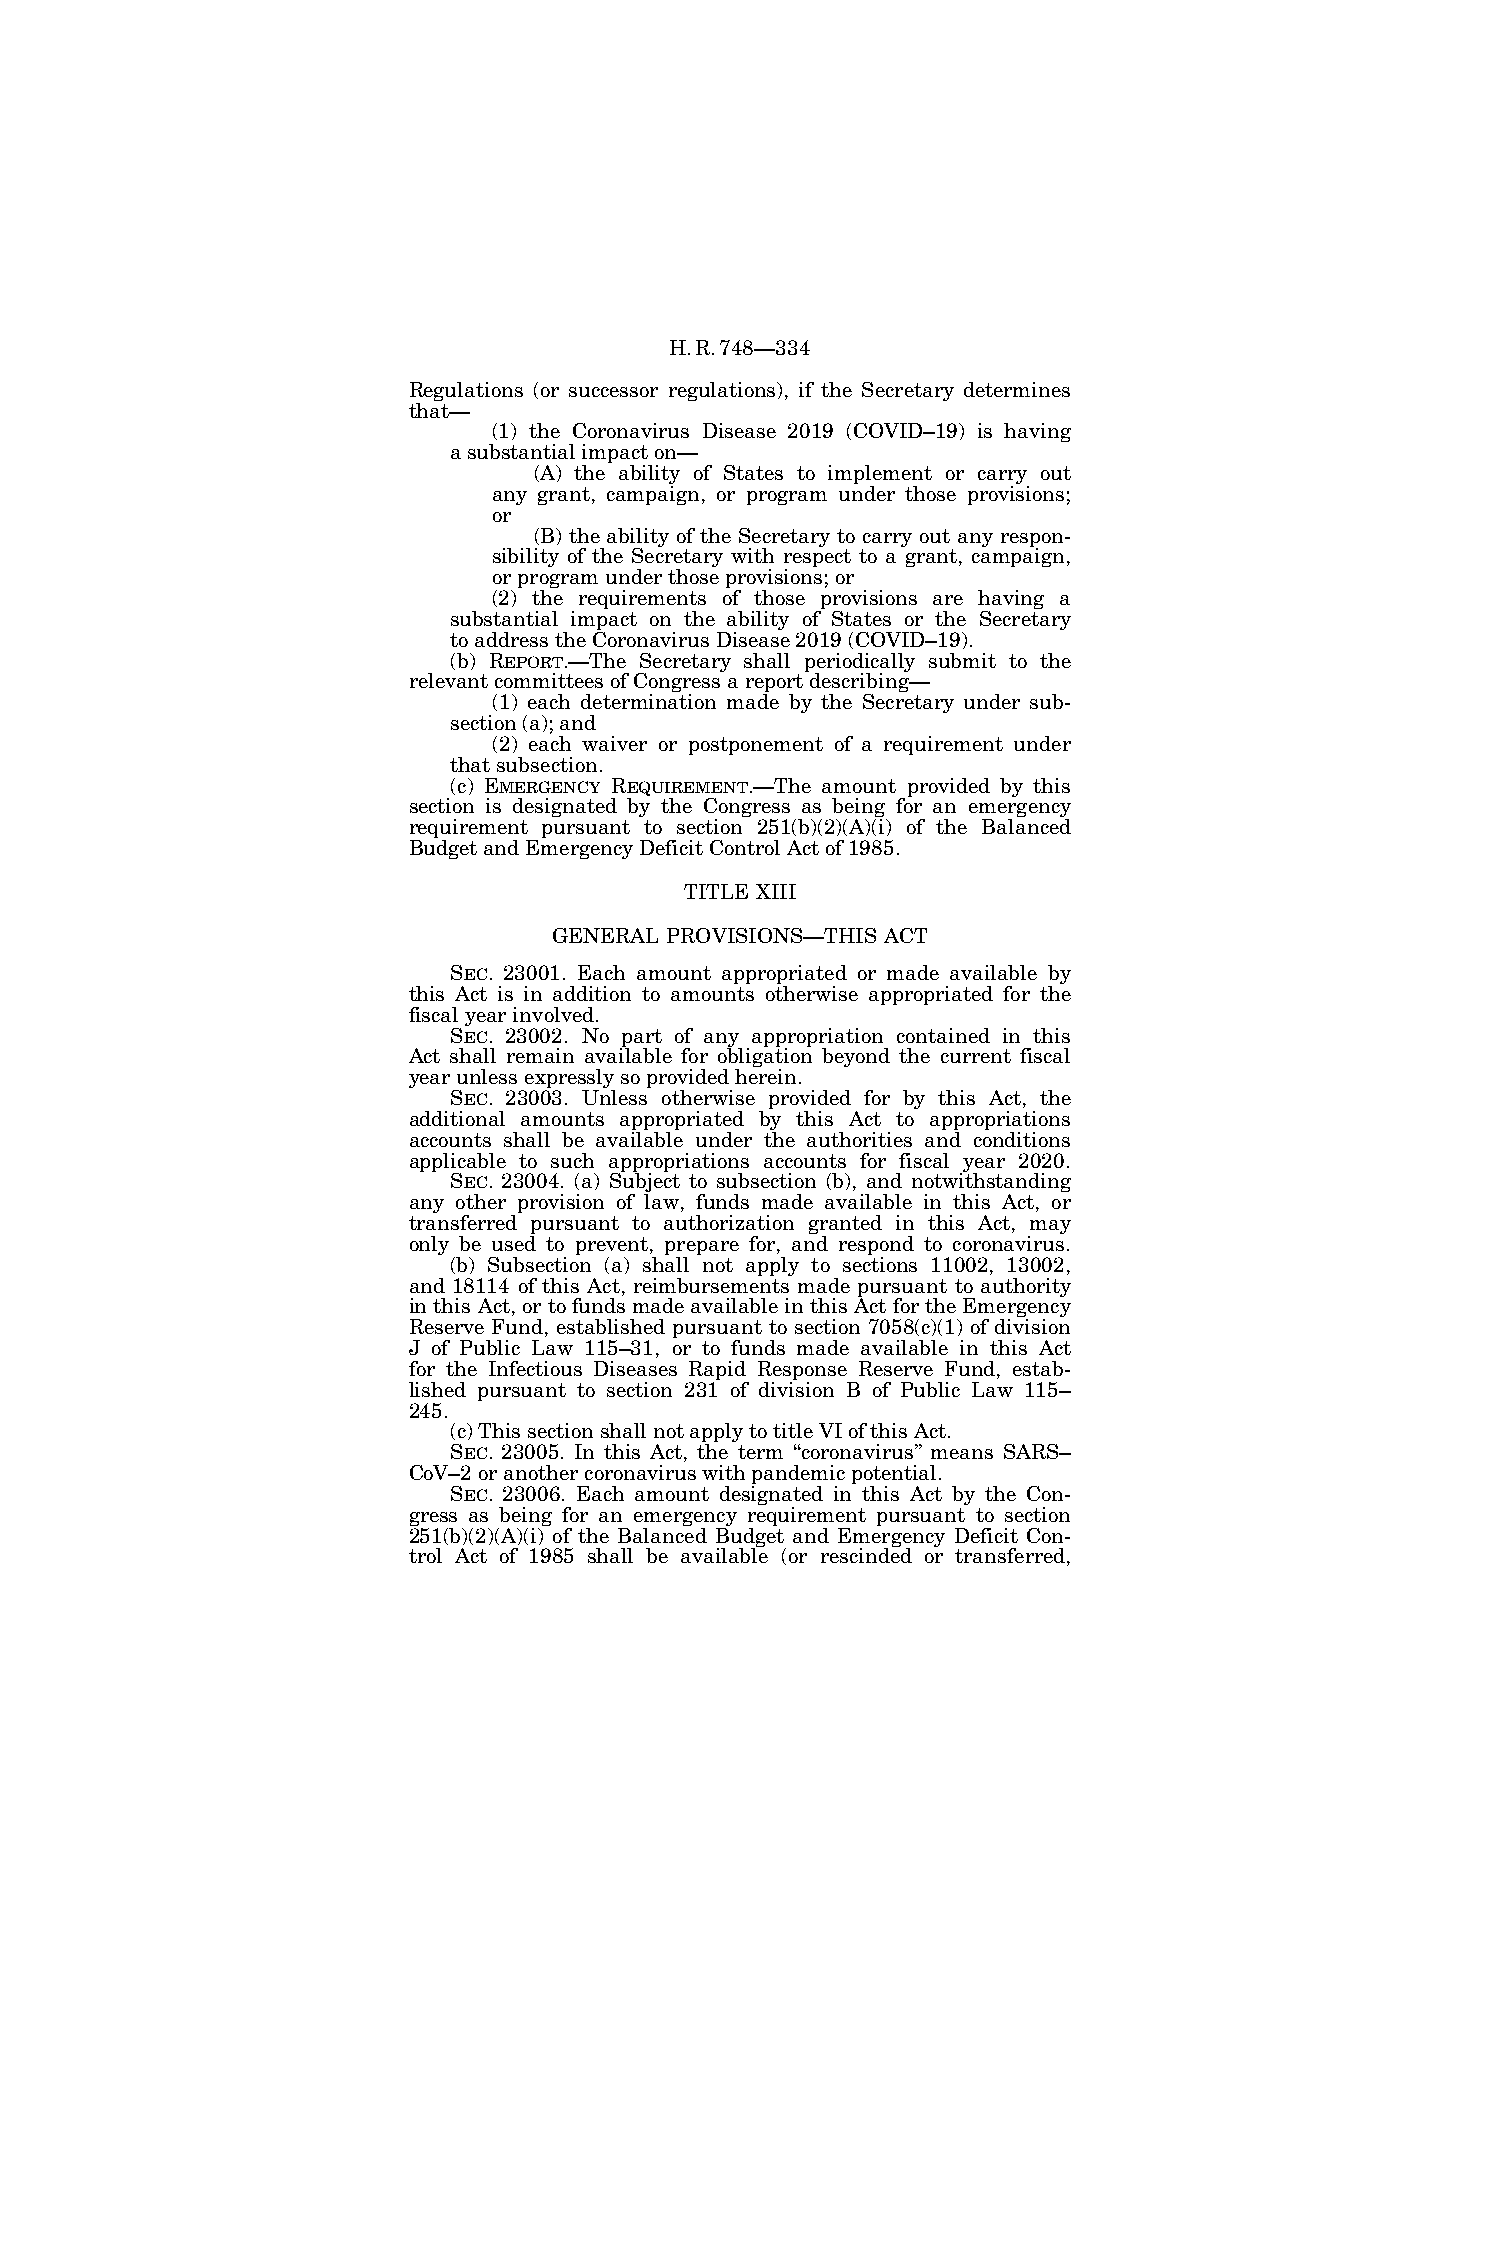
H.R.748—334
 Regulations (or successor regulations), if the Secretary determines
 that—
 (1) the Coronavirus Disease 2019 (COVID–19) is having
 a substantial impact on—
 (A) the ability of States to implement or carry out
 any grant, campaign, or program under those provisions;
 or
 (B) the ability of the Secretary to carry out any respon-
 sibility of the Secretary with respect to a grant, campaign,
 or program under those provisions; or
 (2) the requirements of those provisions are having a
 substantial impact on the ability of States or the Secretary
 to address the Coronavirus Disease 2019 (COVID–19).
 (b) REPORT.—The Secretary shall periodically submit to the
 relevant committees of Congress a report describing—
 (1) each determination made by the Secretary under sub-
 section (a); and
 (2) each waiver or postponement of a requirement under
 that subsection.
 (c) EMERGENCY REQUIREMENT.—The amount provided by this
 section is designated by the Congress as being for an emergency
 requirement pursuant to section 251(b)(2)(A)(i) of the Balanced
 Budget and Emergency Deficit Control Act of 1985.
 TITLE XIII
 GENERAL PROVISIONS—THIS ACT
 SEC. 23001. Each amount appropriated or made available by
 this Act is in addition to amounts otherwise appropriated for the
 fiscal year involved.
 SEC. 23002. No part of any appropriation contained in this
 Act shall remain available for obligation beyond the current fiscal
 year unless expressly so provided herein.
 SEC. 23003. Unless otherwise provided for by this Act, the
 additional amounts appropriated by this Act to appropriations
 accounts shall be available under the authorities and conditions
 applicable to such appropriations accounts for fiscal year 2020.
 SEC. 23004. (a) Subject to subsection (b), and notwithstanding
 any other provision of law, funds made available in this Act, or
 transferred pursuant to authorization granted in this Act, may
 only be used to prevent, prepare for, and respond to coronavirus.
 (b) Subsection (a) shall not apply to sections 11002, 13002,
 and 18114 of this Act, reimbursements made pursuant to authority
 in this Act, or to funds made available in this Act for the Emergency
 Reserve Fund, established pursuant to section 7058(c)(1) of division
 J of Public Law 115–31, or to funds made available in this Act
 for the Infectious Diseases Rapid Response Reserve Fund, estab-
 lished pursuant to section 231 of division B of Public Law 115–
 245.
 (c) This section shall not apply to title VI of this Act.
 SEC. 23005. In this Act, the term ‘‘coronavirus’’ means SARS–
 CoV–2 or another coronavirus with pandemic potential.
 SEC. 23006. Each amount designated in this Act by the Con-
 gress as being for an emergency requirement pursuant to section
 251(b)(2)(A)(i) of the Balanced Budget and Emergency Deficit Con-
 trol Act of 1985 shall be available (or rescinded or transferred,